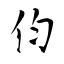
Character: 伨